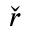
\check { r }